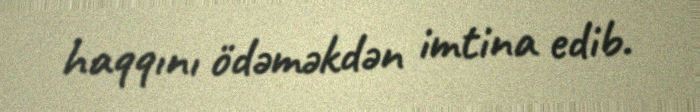
haqqını ödəməkdən imtina edib.